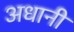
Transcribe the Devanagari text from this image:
अधानी